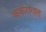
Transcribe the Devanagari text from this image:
कर्करोगात